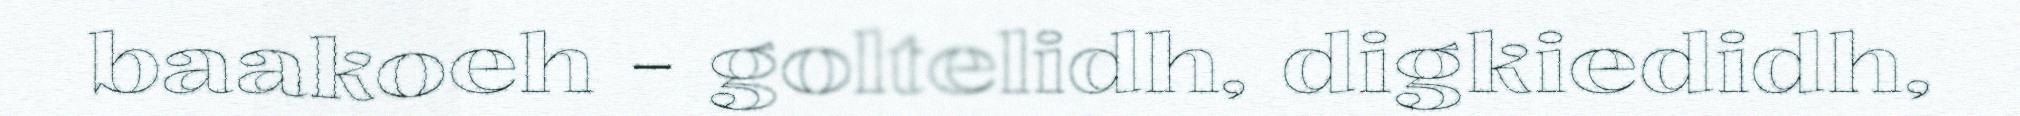
baakoeh - goltelidh, digkiedidh,